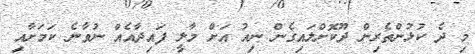
މި ދެ ކުޅުންތެރިން ދޫކޮށްލައިގެން ނިއު އަށް މާލީ ފައިދާއެއް ނުވާނެ ކަމަށާއި